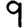
Digit: 9